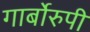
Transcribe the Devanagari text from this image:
गार्बोरुपी